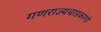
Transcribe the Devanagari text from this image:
गणराज्यचाडकांगो